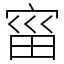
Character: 𫳗